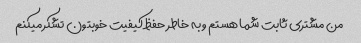
من مشتری ثابت شما هستم و به خاطر حفظ کیفیت خوبتون تشکر میکنم